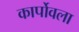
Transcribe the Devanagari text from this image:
कार्पोवला